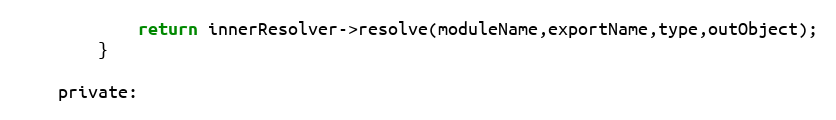
Language: C
			return innerResolver->resolve(moduleName,exportName,type,outObject);
		}

	private: